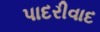
પાદરીવાદ